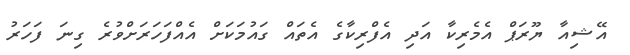
އޭޝިއާ ޔޫރަޕް އެމެރިކާ އަދި އެފްރިކާގެ އެތައް ގައުމަކަށް އެއްފަހަރަށްވުރެ ގިނަ ފަހަރު